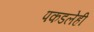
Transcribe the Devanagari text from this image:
पकडलेही